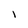
Character: I